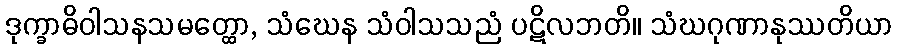
ဒုက္ခာဓိဝါသနသမတ္ထော, သံဃေန သံဝါသသညံ ပဋိလဘတိ။ သံဃဂုဏာနုဿတိယာ